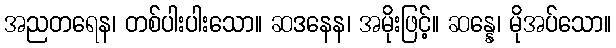
အညတရေန၊ တစ်ပါးပါးသော။ ဆဒနေန၊ အမိုးဖြင့်။ ဆန္နေ၊ မိုအပ်သော။